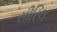
સીરિલ